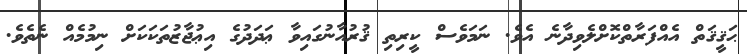
ޙަޤީޤަތް އެއްފަރާތްކޮށްލެވިދާނެ އެވެ. ނަމަވެސް ކީރިތި ޤުރުއާނުގައިވާ ޢަދަދުގެ އިޢުޖާޒުތަކަކަށް ނިމުމެއް ނެތެވެ.